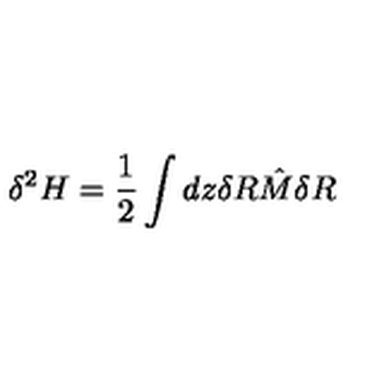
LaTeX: \delta ^ { 2 } H = \frac { 1 } { 2 } \int d z \delta R { \hat { M } } \delta R